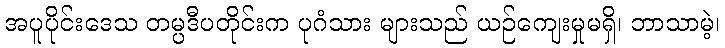
အပူပိုင်းဒေသ တမ္ပဒီပတိုင်းက ပုဂံသား များသည် ယဉ်ကျေးမှုမရှိ၊ ဘာသာမဲ့၊